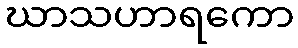
ဃာသဟာရကော